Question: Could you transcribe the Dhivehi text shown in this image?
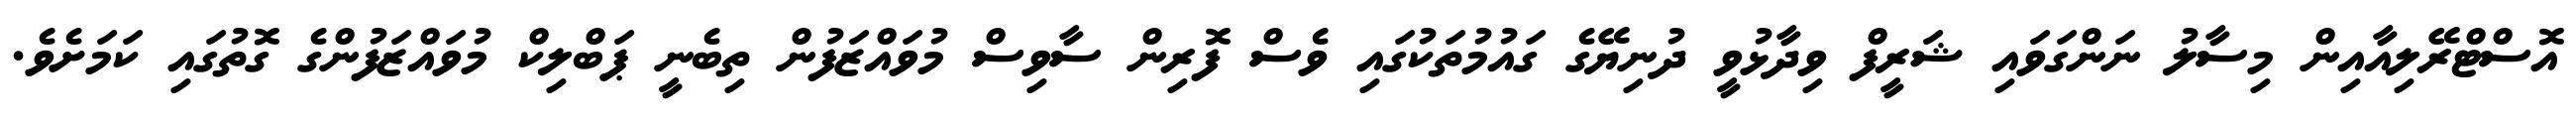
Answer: އޮސްޓްރޭލިއާއިން މިސާލު ނަންގަވައި ޝަރީފް ވިދާޅުވީ ދުނިޔޭގެ ގައުމުތަކުގައި ވެސް ފޮރިން ސާވިސް މުވައްޒަފުން ތިބެނީ ޕަބްލިކް މުވައްޒަފުންގެ ގޮތުގައި ކަމަށެވެ.